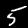
Label: 5